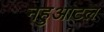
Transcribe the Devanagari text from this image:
नहुआटल